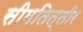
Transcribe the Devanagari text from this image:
सीमतित्तीर